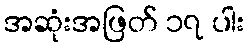
အဆုံးအဖြတ် ၁၇ ပါး